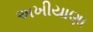
અખીયાણા